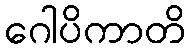
ဂေါပိကာတိ